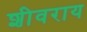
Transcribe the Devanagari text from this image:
शीवराय